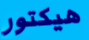
هيكتور